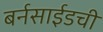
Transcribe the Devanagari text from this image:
बर्नसाईडची